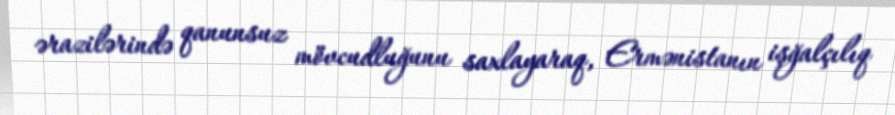
ərazilərində qanunsuz mövcudluğunu saxlayaraq, Ermənistanın işğalçılıq